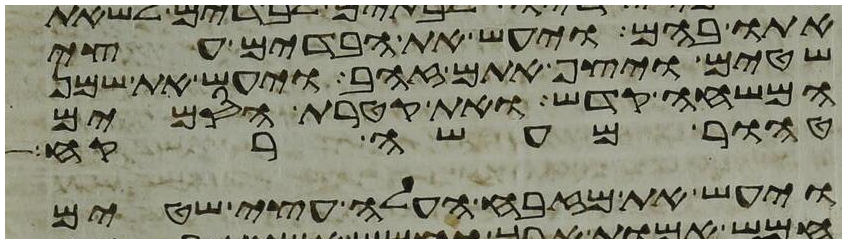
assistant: אתו בהם ויעש את הבדים עצי
שטים ויצף אתם זהב ויעש את שמן
המשחה קדש ואת קטרת הסמים
טהור מעשה רקח
ויעש את מזבח העלה עצי שטים